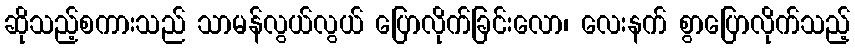
ဆိုသည့်စကားသည် သာမန်လွယ်လွယ် ပြောလိုက်ခြင်းလော၊ လေးနက် စွာပြောလိုက်သည့်